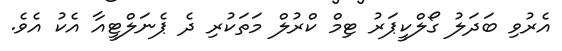
އެރުވި ބަދަލު ގޯލްކީޕަރު ޓިމް ކްރުލް މަތަކުރި ދެ ޕެނަލްޓީއާ އެކު އެވެ.